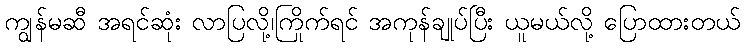
ကျွန်မဆီ အရင်ဆုံး လာပြလို့၊ကြိုက်ရင် အကုန်ချုပ်ပြီး ယူမယ်လို့ ပြောထားတယ်